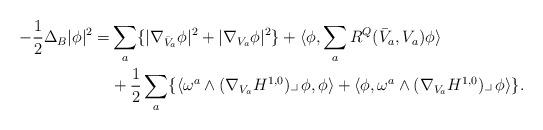
LaTeX: \begin{align*}-\frac12\Delta_B|\phi|^2=&\sum_a\{|\nabla_{\bar V_a}\phi|^2 +|\nabla_{V_a}\phi|^2\} +\langle \phi,\sum_aR^Q(\bar V_a,V_a)\phi\rangle\\ &+\frac12\sum_a\{\langle\omega^a\wedge (\nabla_{V_a}H^{1,0})\lrcorner\,\phi,\phi\rangle +\langle\phi,\omega^a\wedge (\nabla_{V_a}H^{1,0})\lrcorner\,\phi\rangle\}. \end{align*}